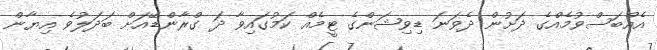
އެއްބަސްވުމެއްގެ ދަށުން ދެވަނަ ޑިވިޝަންގެ ޓީމެއް ކަމުގައިވާ ދަ ގްރާންޑޭއަށް ބަދަލުވެ އިޔާން